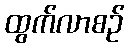
ထွက်လာစဉ်